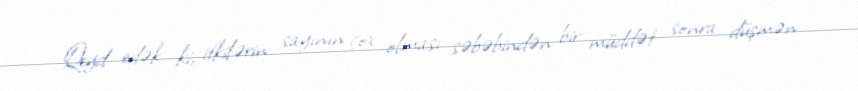
Qeyd edək ki, itkilərin sayının çox olması səbəbindən bir müddət sonra düşmən